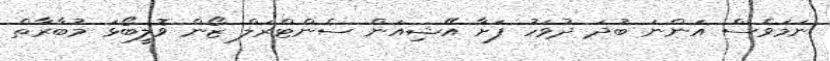
ނަމަވެސް އަންނަ ބުދަ ދުވަހު ފަށާ އޭޝިއަން ސެންޓްރަލް ޒޯން ވޮލީބޯޅަ މުބާރާތް